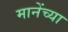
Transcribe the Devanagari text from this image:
मानेंच्या